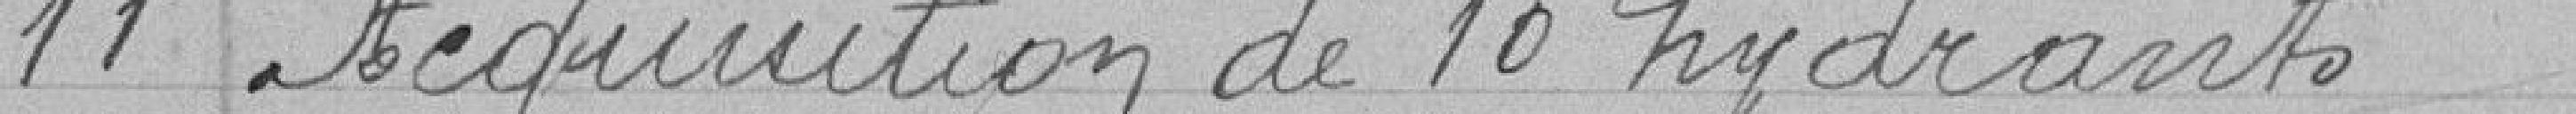
11 Acquisition de 10 hydrants